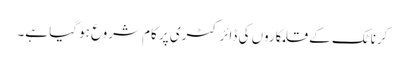
کرناٹک کے قلمکاروں کی ڈائرکٹری پر کام شروع ہو گیا ہے۔